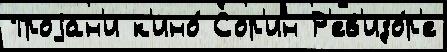
Троjан'и к'ино́ Сор'ин Р'ев'изо́р'е